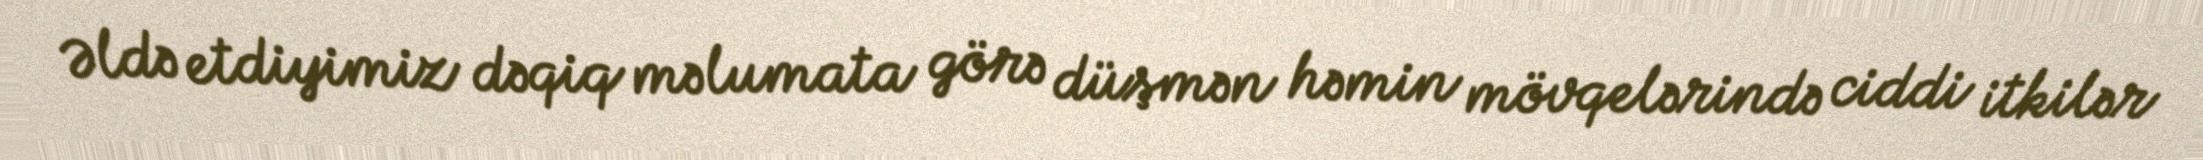
Əldə etdiyimiz dəqiq məlumata görə düşmən həmin mövqelərində ciddi itkilər